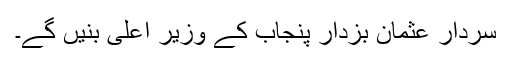
سردار عثمان بزدار پنجاب کے وزیر اعلیٰ بنیں گے۔